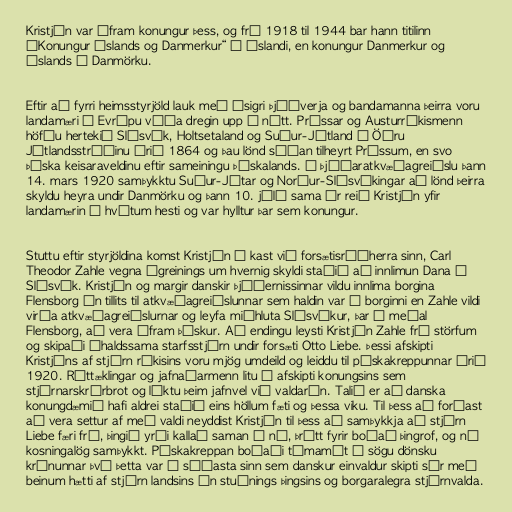
Kristján var áfram konungur þess, og frá 1918 til 1944 bar hann titilinn
„Konungur Íslands og Danmerkur“ á Íslandi, en konungur Danmerkur og
Íslands í Danmörku.

Eftir að fyrri heimsstyrjöld lauk með ósigri Þjóðverja og bandamanna þeirra voru
landamæri í Evrópu víða dregin upp á nýtt. Prússar og Austurríkismenn
höfðu hertekið Slésvík, Holtsetaland og Suður-Jótland í Öðru
Jótlandsstríðinu árið 1864 og þau lönd síðan tilheyrt Prússum, en svo
Þýska keisaraveldinu eftir sameiningu Þýskalands. Í þjóðaratkvæðagreiðslu þann
14. mars 1920 samþykktu Suður-Jótar og Norður-Slésvíkingar að lönd þeirra
skyldu heyra undir Danmörku og þann 10. júlí sama ár reið Kristján yfir
landamærin á hvítum hesti og var hylltur þar sem konungur.

Stuttu eftir styrjöldina komst Kristján í kast við forsætisráðherra sinn, Carl
Theodor Zahle vegna ágreinings um hvernig skyldi staðið að innlimun Dana á
Slésvík. Kristján og margir danskir þjóðernissinnar vildu innlima borgina
Flensborg án tillits til atkvæðagreiðslunnar sem haldin var í borginni en Zahle vildi
virða atkvæðagreiðslurnar og leyfa miðhluta Slésvíkur, þar á meðal
Flensborg, að vera áfram þýskur. Að endingu leysti Kristján Zahle frá störfum
og skipaði íhaldssama starfsstjórn undir forsæti Otto Liebe. Þessi afskipti
Kristjáns af stjórn ríkisins voru mjög umdeild og leiddu til páskakreppunnar árið
1920. Róttæklingar og jafnaðarmenn litu á afskipti konungsins sem
stjórnarskrárbrot og líktu þeim jafnvel við valdarán. Talið er að danska
konungdæmið hafi aldrei staðið eins höllum fæti og þessa viku. Til þess að forðast
að vera settur af með valdi neyddist Kristján til þess að samþykkja að stjórn
Liebe færi frá, þingið yrði kallað saman á ný, þrátt fyrir boðað þingrof, og ný
kosningalög samþykkt. Páskakreppan boðaði tímamót í sögu dönsku
krúnunnar því þetta var í síðasta sinn sem danskur einvaldur skipti sér með
beinum hætti af stjórn landsins án stuðnings þingsins og borgaralegra stjórnvalda.